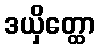
ဒယှိတ္ထော